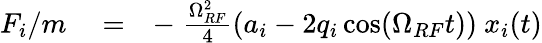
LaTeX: \begin{array}{rlr}{F_{i}/m}&{{}=}&{-\; \frac{\Omega_{RF}^{2}}{4}\left(a_{i}-2q_{i}\cos(\Omega_{RF}t)\right)\ x_{i}(t)}\end{array}